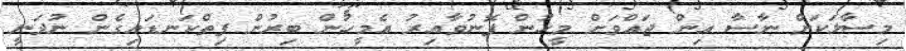
މިސާލަކަށް ނާސާ އިން ޖައްވަށް މީހުން ފޮނުވާއިރު އެމީހުން ބިރުން ފިތްކަނޑައިގެން ނުދަނީ